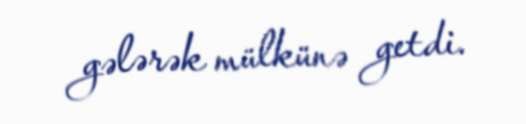
gələrək mülkünə getdi.